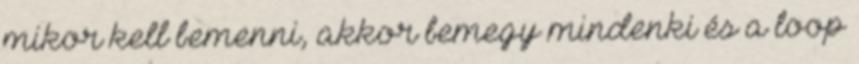
mikor kell bemenni, akkor bemegy mindenki és a loop